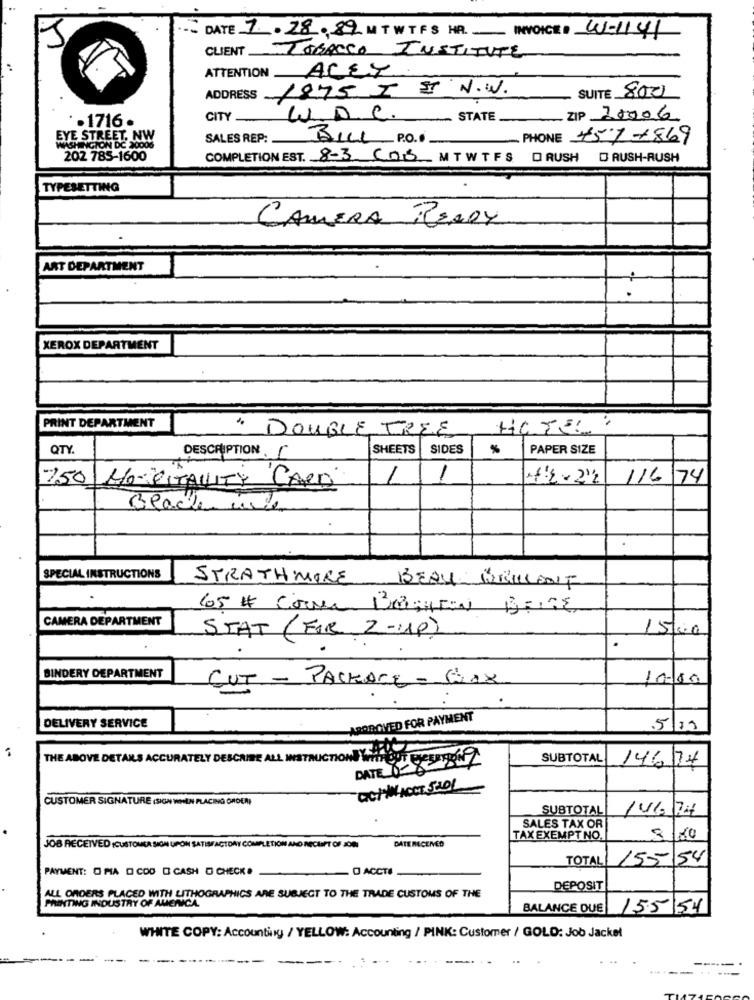
DATE 7.28.89 M TWTFS HR. INVOICE D W-1141
CLIENT
TOBACCO INSTITUTE
ATTENTION ACEY
ADDRESS 1875 I & N.W.
- SUITE 800
. 1716 .
CITY
W.D. C. STATE
ZIP 20006
EYE STREET, NW
SALES REP: .
BILL PO ..
PHONE 451+869
WASHINGTON DC 20008
202 785-1600
COMPLETION EST. 8-3 COB M TWTFS DRUSH DRUSH-RUSH
TYPESETTING
CAMERA READY
ART DEPARTMENT
XEROX DEPARTMENT
PRINT DEPARTMENT
* DOUBLE TREE
QTY.
SHEETS
SIDES
%
PAPER SIZE
DESCRIPTION.
1/6/74
250 NO-"PITALLITY CARD
Beadle mie
SPECIAL INSTRUCTIONS
STRATHMORE BEAU BRILLENT
65 # Come BeggeEN BEIGE
CAMERA DEPARTMENT
STAT (FOR 2-UP)
150
BINDERY DEPARTMENT
CUT - PACKAGE - BOX
10-100
ARPROVED FOR PAYMENT
DELIVERY SERVICE
5/19
SUBTOTAL
14/6/74
THE ABOVE DETAILS ACCURATELY DESCRIBE ALL INSTRUCTIONS WHIHELT GEREKENZ
DATE 8-8
CICHWW.ACCT 5201
CUSTOMER SIGNATURE (SIGN WHEN PLACING ORDEM)
SUBTOTAL
146/74
SALES TAX OR
DATE RECEMED
TAX EXEMPT NO.
3/80
JOB RECEIVED (CUSTOMER SION UPON SATISFACTORY COMPLETION AND RECEIPT OF JON
TOTAL
155 54
PAYMENT: O MIA D CDD D CASH O CHECK.
O ACCTI
DEPOSIT
ALL ORDERS PLACED WITH LITHOGRAPHICS ARE SUBJECT TO THE TRADE CUSTOMS OF THE
PRINTING INDUSTRY OF AMERICA.
BALANCE DUE
155/54
WHITE COPY: Accounting / YELLOW: Accounting / PINK: Customer / GOLD: Job Jacket